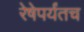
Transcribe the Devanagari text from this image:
रेषेपर्यंतच